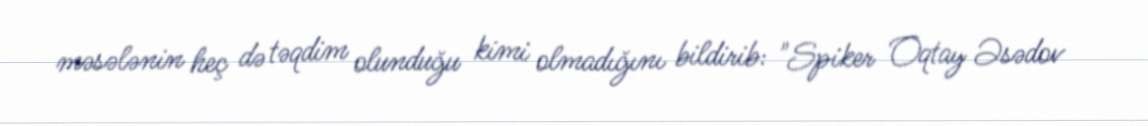
məsələnin heç də təqdim olunduğu kimi olmadığını bildirib: "Spiker Oqtay Əsədov